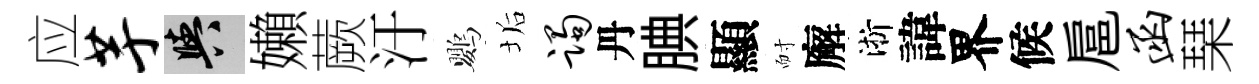
应芋阳嬾蕨汙鸚垢躅丹腆顯耐廨淅諱界候扈函琹